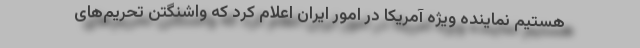
هستیم نماینده ویژه آمریکا در امور ایران اعلام کرد که واشنگتن تحریم‌های